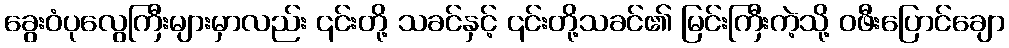
ခွေးဝံပုလွေကြီးများမှာလည်း ၎င်းတို့ သခင်နှင့် ၎င်းတို့သခင်၏ မြင်းကြီးကဲ့သို့ ဝဖီးပြောင်ချော